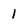
Character: 1